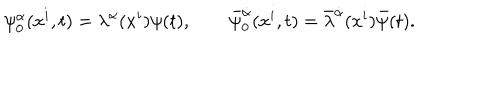
\psi _ { 0 } ^ { \alpha } ( x ^ { i } , t ) = \lambda ^ { \alpha } ( x ^ { i } ) \psi ( t ) , \qquad \bar { \psi } _ { 0 } ^ { \dot { \alpha } } ( x ^ { i } , t ) = \bar { \lambda } ^ { \dot { \alpha } } ( x ^ { i } ) \bar { \psi } ( t ) .